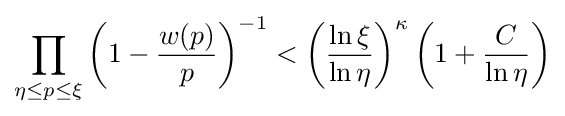
\prod _{\eta \leq p\leq \xi }\left(1-{\frac {w(p)}{p}}\right)^{-1}<\left({\frac {\ln \xi }{\ln \eta }}\right)^{\kappa }\left(1+{\frac {C}{\ln \eta }}\right)